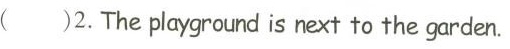
（）2. The playground is next to the garden.